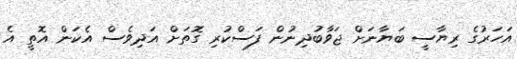
އަހަރުގެ ރިޔާސީ ބަޔާނަށް ޖަވާބުދިނުން ފަސްކުރި ގޮތަށް އަދިވެސް އެކަން އޮތީ އެ